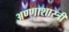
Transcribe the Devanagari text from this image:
अण्णाशास्त्री